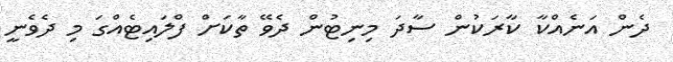
ދެން އަނެއްކާ ކާރަކުން ސާދަ މިނިޓުން ދެވޭ ތާކަށް ފްލައިޓެއްގަ މި ދެވެނީ